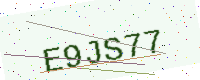
Text: E9JS77